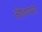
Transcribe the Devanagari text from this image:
बोधपरक